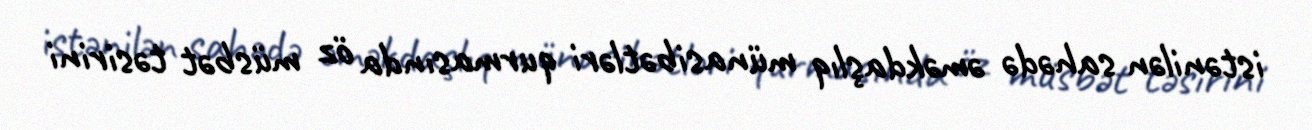
istənilən sahədə əməkdaşlıq münasibətləri qurmasında öz müsbət təsirini